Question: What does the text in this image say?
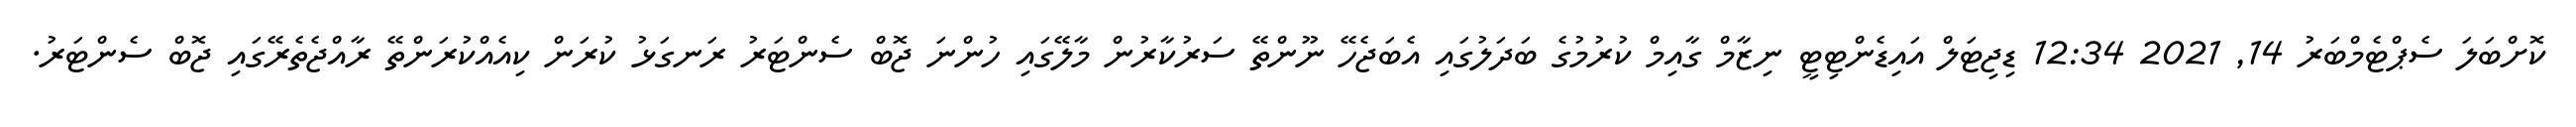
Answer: ކޮށްބަލަ ސެޕްޓެމްބަރު 14, 2021 12:34 ޑިޖިޓަލް އައިޑެންޓިޓީ ނިޒާމް ގާއިމް ކުރުމުގެ ބަދަލުގައި އެބަޖެހޭ ނޫންތޭ ސަރުކާރުން މާލޭގައި ހުންނަ ޖޮބް ސެންޓަރު ރަނގަޅު ކުރަން ކިއެއްކުރަންތޭ ރާއްޖެތެރޭގައި ޖޮބް ސެންޓަރު.